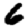
Digit: 6